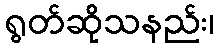
ရွတ်ဆိုသနည်း၊